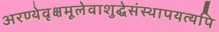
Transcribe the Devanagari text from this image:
अरण्येवृक्षमूलेवाशुद्धेसंस्थापयत्यपि